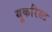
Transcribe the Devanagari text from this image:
यूकरिस्ट